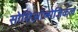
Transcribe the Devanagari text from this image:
सोशिऑलोजिकल